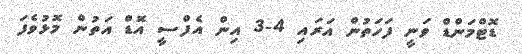
ޑޮޓްމަންޑް ވަނީ ފަހަތުން އަރައި 4-3 އިން އެފްސީ އޮޑް އަތުން މޮޅުވެފަ